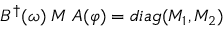
B ^ { \dagger } ( \omega ) \; { \cal M } \; A ( \varphi ) = d i a g ( M _ { 1 } , M _ { 2 } )